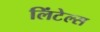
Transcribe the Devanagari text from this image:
लिंटेल्स